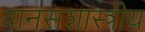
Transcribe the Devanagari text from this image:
वानसशास्त्रीय